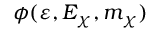
\phi ( \varepsilon , E _ { \chi } , m _ { \chi } )